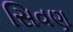
સિવણ